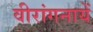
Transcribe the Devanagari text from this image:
वीरांगनायें